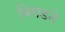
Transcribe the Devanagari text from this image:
बिग़डने